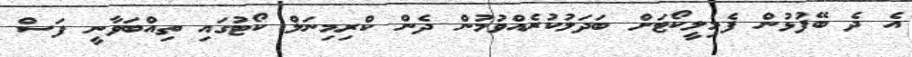
އެ ދެ ބޭފުޅުން ފެމިލީކޯޓަށް ބަދަލުކުރެއްވުމުން ދެން ކްރިމިނަލް ކޯޓުގައި ތިއްބަވާނީ ފަސް